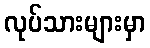
လုပ်သားများမှာ